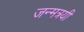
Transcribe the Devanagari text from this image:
जन्मत्रयी